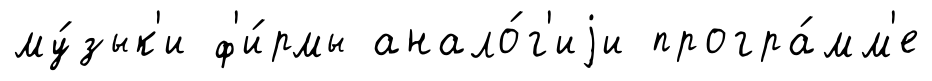
му́зык'и ф'и́рмы анало́г'иjи програ́мм'е